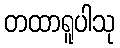
တထာရူပါသု